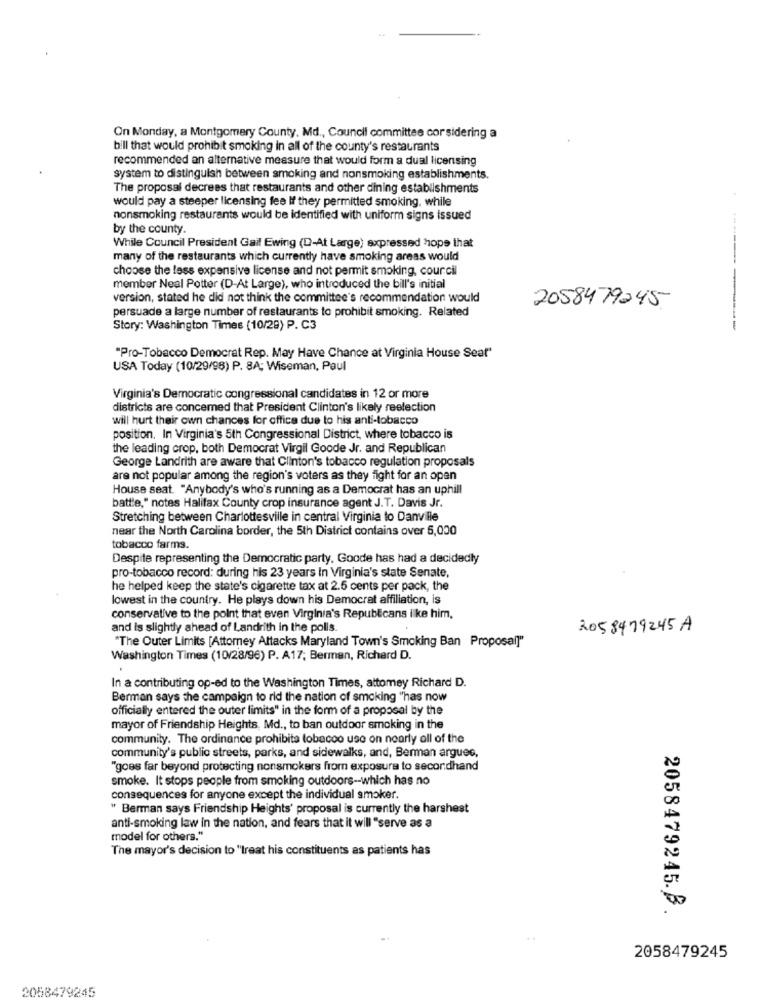
On Monday, a Montgomery County, Md ., Council committee corsidering a
bill that would prohibit smoking in all of the county's restaurants
recommended an alternative measure that would form a dual licensing
system to distinguish between smoking and nonsmoking establishments.
The proposal decrees that restaurants and other dining establishments
would pay a steeper licensing fee If they permitted smoking. while
nonsmoking restaurants would be identified with uniform signs issued
by the county.
While Council President Gail Ewing (D-At Large) expressed hope that
many of the restaurants which currently have smoking areas would
choose the less expensive license and not permit smoking, cour cil
member Neal Potter (D-At Large), who introduced the bill's initial
version, stated he did not think the committee's recommendation would
2058479245
persuade a large number of restaurants to prohibit smoking. Related
Story: Washington Times (10/29) P. C3
-------
"Pro-Tobacco Democrat Rep. May Have Chance at Virginia House Seat"
USA Today (10/29/98) P. 8A; Wiseman, Paul
Virginia's Democratic congressional candidates in 12 or more
districts are concerned that President Clinton's likely reelection
will hurt their own chances for office due to his anti-tobacco
position. In Virginia's 5th Congressional District, where tobacco is
the leading crop, both Democrat Virgil Goode Jr. and Republican
George Landrith are aware that Clinton's tobacco regulation proposals
are not popular among the region's voters as they fight for an open
House seat. "Anybody's who's running as a Democrat has an uphill
battle," notes Halifax County crop insurance agent J.T. Davis Jr.
Stretching between Charlottesville in central Virginia to Danville
near the North Carolina border, the 5th District contains over 5,000
tobacco farms.
Despite representing the Democratic party. Goode has had a decidedly
pro-tobacco record: during his 23 years In Virginia's state Senate,
he helped keep the state's cigarette tax at 2.5 cents per pack, the
lowest in the country. He plays down his Democrat affiliation, is
conservative to the point that even Virginia's Republicans ilke him,
and is slightly ahead of Landrith in the polls.
2058479245 A
"The Outer Limits [Attorney Attacks Maryland Town's Smoking Ban Proposal]"
Washington Times (10/28/96) P. A17; Berman, Richard D.
In a contributing op-ed to the Washington Times, attomey Richard D.
Berman says the campaign to rid the nation of smoking "has now
officially entered the outer limits" in the form of a proposal by the
mayor of Friendship Heights, Md ., to ban outdoor smoking in the
community. The ordinance prohibita tobacco use on nearly all of the
community's public streets, parks, and sidewalks, and, Berman argues,
"goes far beyond protecting nonsmokers from exposure to secondhand
smoke. It stops people from smoking outdoors -- which has no
consequences for anyone except the individual smoker.
" Berman says Friendship Heights' proposal is currently the harshest
anti-smoking law in the nation, and fears that it will "serve as a
model for others."
The mayor's decision to "treat his constituents as patients has
2058479245.B.
..
2058479245
2058479245